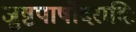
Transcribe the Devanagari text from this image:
जुष्टपार्षोदरादिः